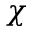
\chi